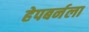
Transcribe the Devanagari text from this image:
हेपबर्नला